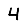
Digit: 4